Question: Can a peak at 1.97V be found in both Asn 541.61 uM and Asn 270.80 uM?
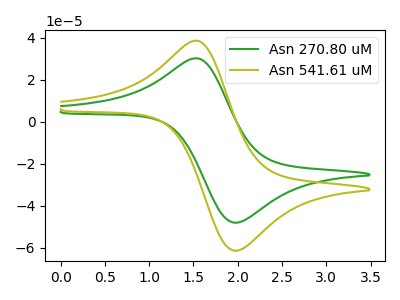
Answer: <think>The green curve "Asn 270.80 uM" has an anodic peak at (1.55V, 30.10uA) and a cathodic peak at (1.95V, -48.15uA). The olive curve "Asn 541.61 uM" has an anodic peak at (1.55V, 38.45uA) and a cathodic peak at (1.95V, -61.45uA).</think>
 <answer>Yes, "Asn 541.61 uM" and "Asn 270.80 uM" share a peak at 1.97V.</answer>
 <eval>match</eval>